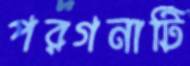
পরগনাটি